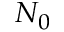
N _ { 0 }